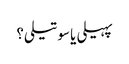
پہیلی یا سوتیلی؟